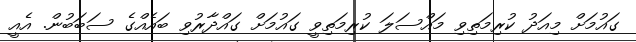
ގައުމަށް މިއަދު ކުރިމަތިވި މައްސަލަ ކުރިމަތިވީ ގައުމަށް ގައްދާރުވި ބައެއްގެ ސަބަބުން. އެއީ